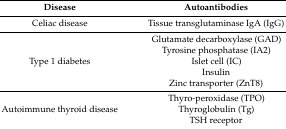
| Disease | Autoantibodies |
 | --- | --- |
 | Celiac disease | Tissue transglutaminase IgA (IgG) |
 | Type 1 diabetes | Glutamate decarboxylase (GAD)Tyrosine phosphatase (IA2)Islet cell (IC)Insulin Zinc transporter (ZnT8) |
 | Autoimmune thyroid disease | Thyro-peroxidase (TPO) Thyroglobulin (Tg) TSH receptor |